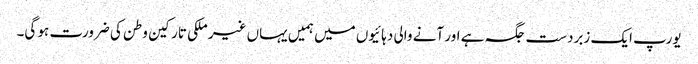
یورپ ایک زبردست جگہ ہے اور آنے والی دہائیوں میں ہمیں یہاں غیر ملکی تارکین وطن کی ضرورت ہو گی۔